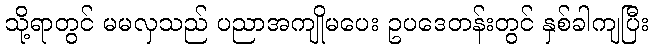
သို့ရာတွင် မမလှသည် ပညာအကျိုမပေး ဥပဒေတန်းတွင် နှစ်ခါကျပြီး